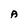
Character: A